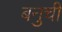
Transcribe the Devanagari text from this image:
बनुची